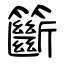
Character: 籪